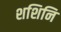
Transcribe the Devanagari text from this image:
शशिनि